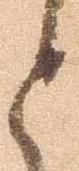
と